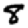
Digit: 8